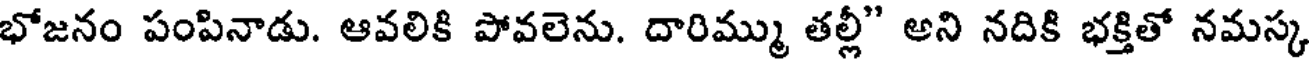
భోజనం పంపినాడు. ఆవలికి పోవలెను. దారిమ్ము తల్లీ" అని నదికి భక్తితో నమస్క